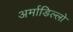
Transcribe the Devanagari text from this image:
अर्माडिल्लो